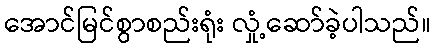
အောင်မြင်စွာစည်းရုံး လှုံ့ဆော်ခဲ့ပါသည်။